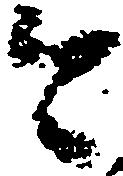
今